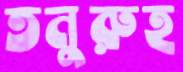
তনুরুহ